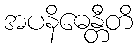
အပနိဓေန္တီတိ